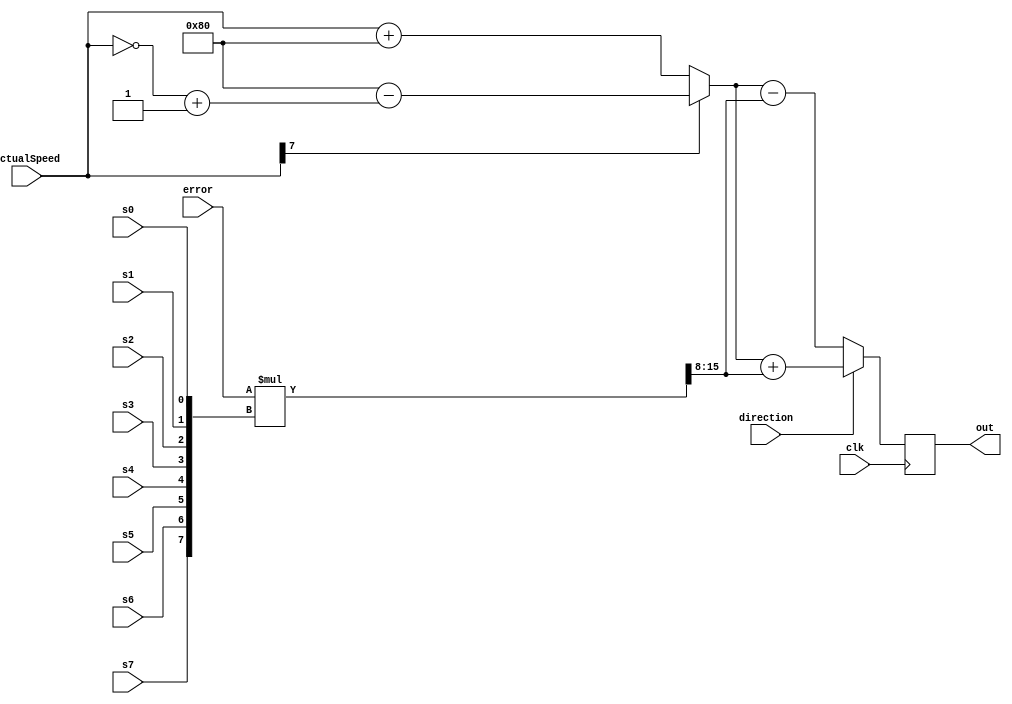
//recieves error from errorLogic and calculates amount of correction using gain switches
module gainLogic( s0, s1, s2, s3, s4, s5, s6, s7, clk, error, out, actualSpeed, direction);

input s0, s1, s2, s3, s4, s5, s6, s7, clk, direction; //sX are FPGA switches, clk is 50MHz FPGA clock, direction represents whether goal < actual or goal > actual
input [7:0] error;
input signed [7:0] actualSpeed; 

wire [7:0] switchSetting;
reg [7:0] unsignedActualSpeed;
reg [15:0] gainProduct;
reg [7:0] gainQuotient;

output reg [7:0] out; //output is an unsigned 8-bit number representing a duty cycle (128 = 50%), where the output = actual +- error*gain

//takes the FPGA switches and stores values in an 8-bit register
assign switchSetting[0] = s0;
assign switchSetting[1] = s1;
assign switchSetting[2] = s2;
assign switchSetting[3] = s3;
assign switchSetting[4] = s4;
assign switchSetting[5] = s5;
assign switchSetting[6] = s6;
assign switchSetting[7] = s7;

always @(posedge clk)
begin
	if (actualSpeed[7] == 1) //Converts actualSpeed to unsigned
		unsignedActualSpeed = 8'b10000000 - (~actualSpeed + 8'b00000001);
	else 
		unsignedActualSpeed = actualSpeed + 8'b10000000;
		
gainProduct = error * switchSetting; //multiplies error by switchSetting, which is between 0 & 255
gainQuotient[7:0] = gainProduct[15:8]; //divides by 256, allowing gain to be from 0 to ~1

	if (direction == 0) //Determines whether the speed correction should be added or subtracted from the actualSpeed
		out = unsignedActualSpeed - gainQuotient;
	else 
		out = unsignedActualSpeed + gainQuotient;
end

endmodule